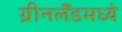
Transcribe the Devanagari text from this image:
ग्रीनलँडमध्ये